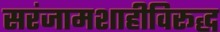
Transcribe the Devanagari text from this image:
सरंजामशाहीविरूद्ध